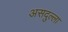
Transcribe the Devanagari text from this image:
असदुल्ला